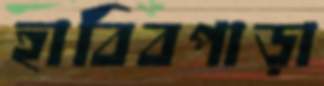
হাবিবপাড়া